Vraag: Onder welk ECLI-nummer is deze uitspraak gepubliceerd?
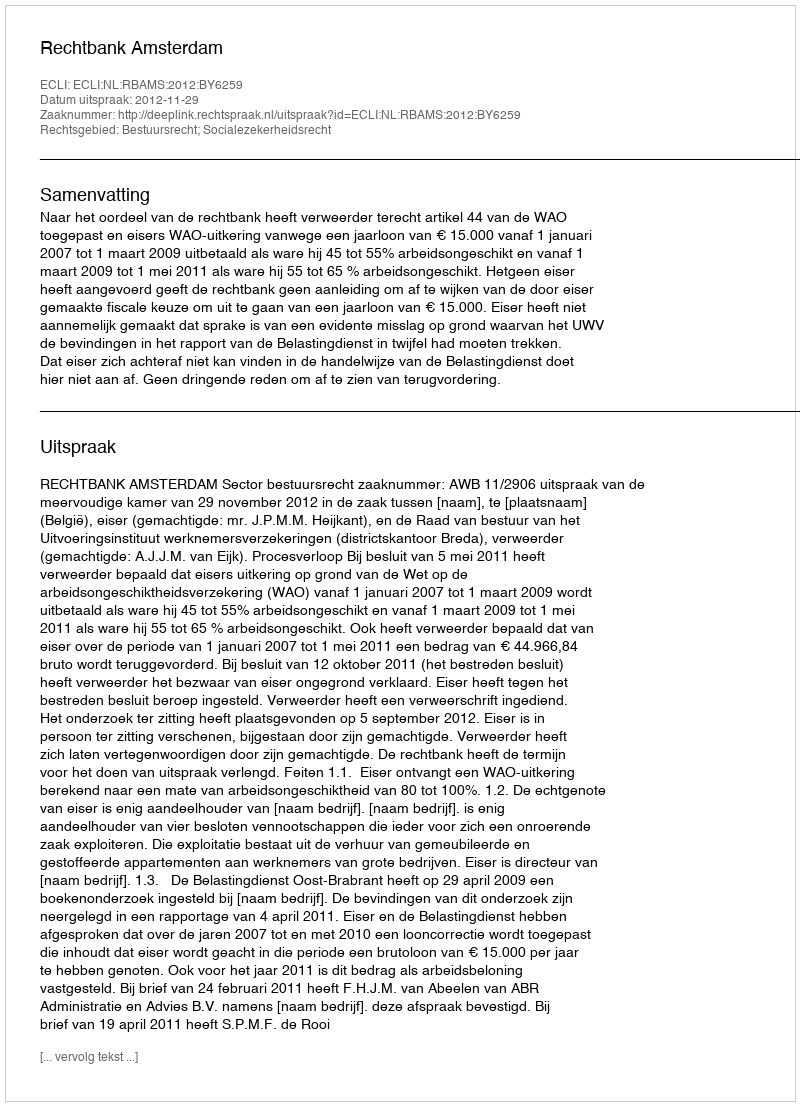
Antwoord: ECLI:NL:RBAMS:2012:BY6259